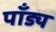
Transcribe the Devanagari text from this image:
पाँड्य